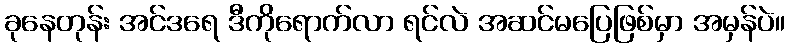
ခုနေတုန်း အင်ဒရေ ဒီကိုရောက်လာ ရင်လဲ အဆင်မပြေဖြစ်မှာ အမှန်ပဲ။